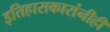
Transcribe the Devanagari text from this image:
इतिहासकारांनीही